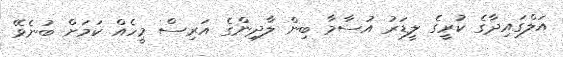
އަލްގައިދާގެ ކުރީގެ ލީޑަރު އުސާމާ ބިން ލާދިންގެ އަރިސް މީހެއް ކަމަށް ބުނެވޭ